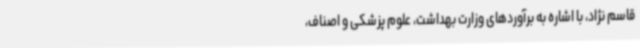
قاسم نژاد، با اشاره به برآوردهای وزارت بهداشت، علوم پزشکی و اصناف،